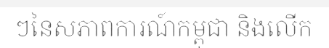
ៗនៃសភាពការណ៍កម្ពុជា និងលើក